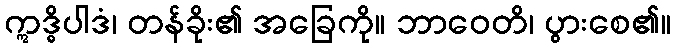
ဣဒ္ဓိပါဒံ၊ တန်ခိုး၏ အခြေကို။ ဘာဝေတိ၊ ပွားစေ၏။